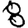
Digit: 8